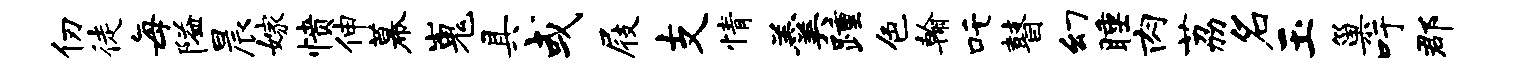
仞徒每隘晨嫁愤伸幕嵬具或屐支情羹踵色翰吒瞽幻睡肉荔名玉巢吁郡